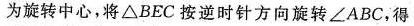
为旋转中心，将ΔBEC按逆时针方向旋转∠ABC，得